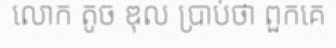
លោក តូច ឌុល ប្រាប់ថា ពួកគេ